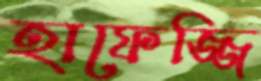
হাফেজ্জি